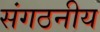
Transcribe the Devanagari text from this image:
संगठनीय